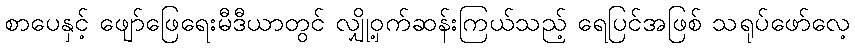
စာပေနှင့် ဖျော်ဖြေရေးမီဒီယာတွင် လျှို့ဝှက်ဆန်းကြယ်သည့် ရေပြင်အဖြစ် သရုပ်ဖော်လေ့